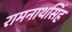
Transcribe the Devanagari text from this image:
रामनाथसिंह